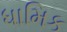
ધામિક